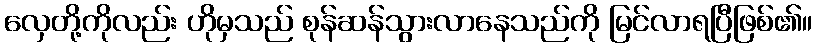
လှေတို့ကိုလည်း ဟိုမှသည် စုန်ဆန်သွားလာနေသည်ကို မြင်လာရပြီဖြစ်၏။